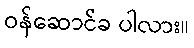
ဝန်ဆောင်ခ ပါလား။